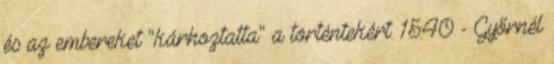
és az embereket "kárhoztatta" a történtekért. 15:40 - Győrnél